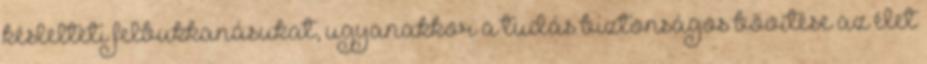
késlelteti felbukkanásukat, ugyanakkor a tudás biztonságos bővítése az élet